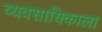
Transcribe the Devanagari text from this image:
व्यवसायिकाला